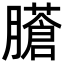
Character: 𦢁